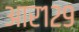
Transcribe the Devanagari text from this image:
आर१२९